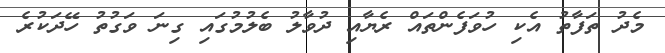
މެދު ތަފާތު އެކި ހުވަފެންތައް ރެޔާއި ދުވާލު ބެލުމުގައި ގިނަ ވަގުތު ހޭދަކުރެ